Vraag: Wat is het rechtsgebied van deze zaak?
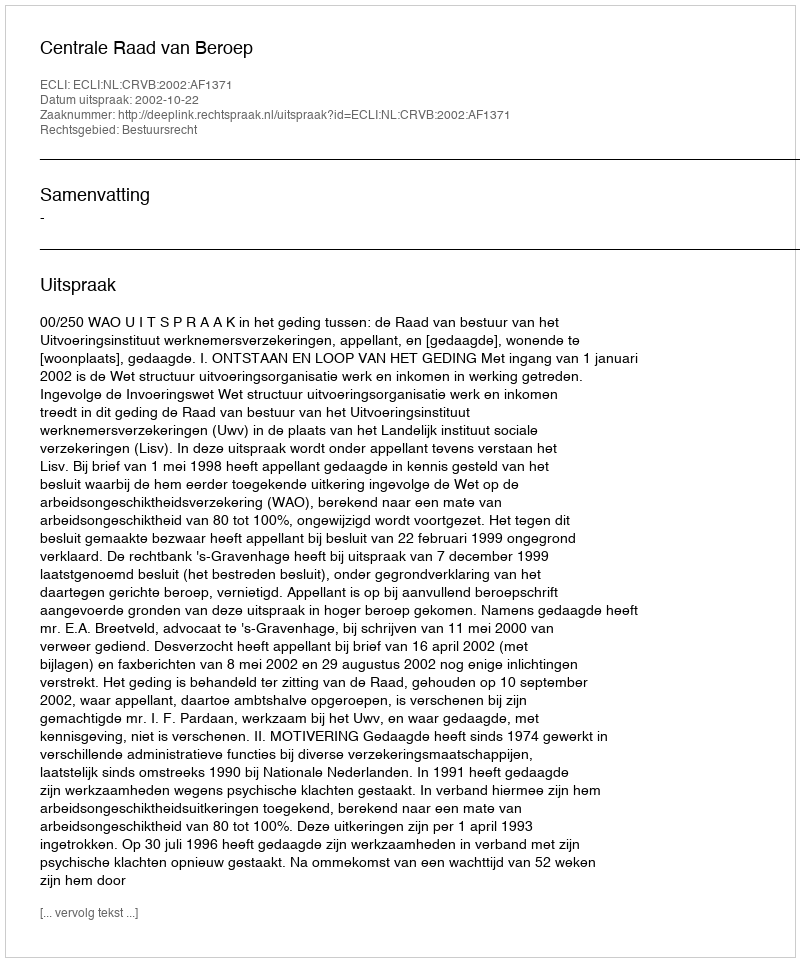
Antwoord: Bestuursrecht